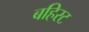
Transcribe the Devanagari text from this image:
बहिरट